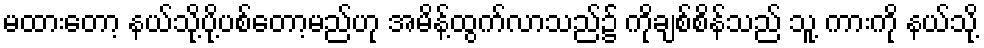
မထားတော့ နယ်သို့ပို့ပစ်တော့မည်ဟု အမိန့်ထွက်လာသည်၌ ကိုချစ်စိန်သည် သူ့ ကားကို နယ်သို့